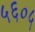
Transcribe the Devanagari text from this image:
५६०५